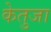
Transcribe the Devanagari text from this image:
केतुजा